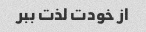
از خودت لذت ببر